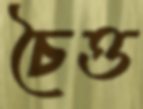
চৈত্ত